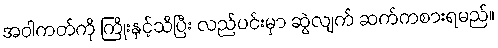
အဝါကတ်ကို ကြိုးနှင့်သီပြီး လည်ပင်းမှာ ဆွဲလျက် ဆက်ကစားရမည်။